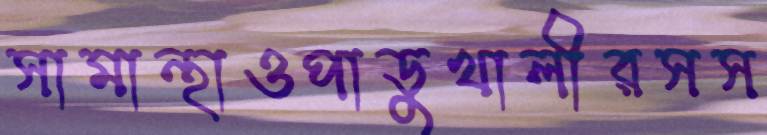
সামান্থাওপাডুখালীরসস